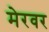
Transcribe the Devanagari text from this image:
मेरवर